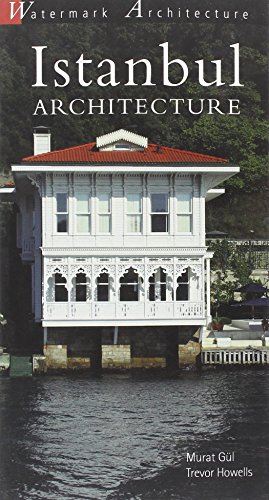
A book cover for Istanbul Architecture (Watermark Architectural Guides); Murat Gul; Travel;